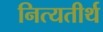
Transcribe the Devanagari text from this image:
नित्यतीर्थ